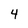
Character: 4